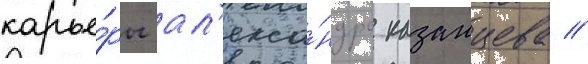
карье́ры ал'екса́ндра казанцева //